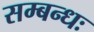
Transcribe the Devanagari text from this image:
सम्बन्धः